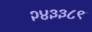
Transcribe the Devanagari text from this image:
२४३३८९